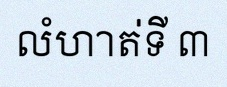
លំហាត់ទី ៣